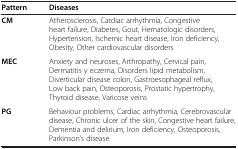
<table><thead><tr><td><b>Pattern</b></td><td><b>Diseases</b></td></tr></thead><tbody><tr><td><b>CM</b></td><td>Atherosclerosis, Cardiac arrhythmia, Congestive heart failure, Diabetes, Gout, Hematologic disorders, Hypertension, Ischemic heart disease, Iron deficiency, Obesity, Other cardiovascular disorders</td></tr><tr><td><b>MEC</b></td><td>Anxiety and neuroses, Arthropathy, Cervical pain, Dermatitis y eczema, Disorders lipid metabolism, Diverticular disease colon, Gastroesophageal reflux, Low back pain, Osteoporosis, Prostatic hypertrophy, Thyroid disease, Varicose veins</td></tr><tr><td><b>PG</b></td><td>Behaviour problems, Cardiac arrhythmia, Cerebrovascular disease, Chronic ulcer of the skin, Congestive heart failure, Dementia and delirium, Iron deficiency, Osteoporosis, Parkinson’s disease</td></tr></tbody></table>